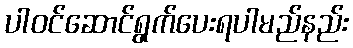
ပါဝင်ဆောင်ရွက်ပေးရပါမည်နည်း